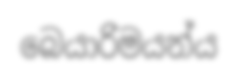
බෙයාරිමයන්ය